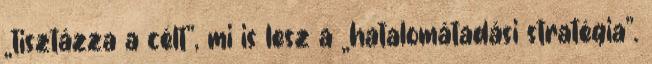
„tisztázza a célt”, mi is lesz a „hatalomátadási stratégia”.